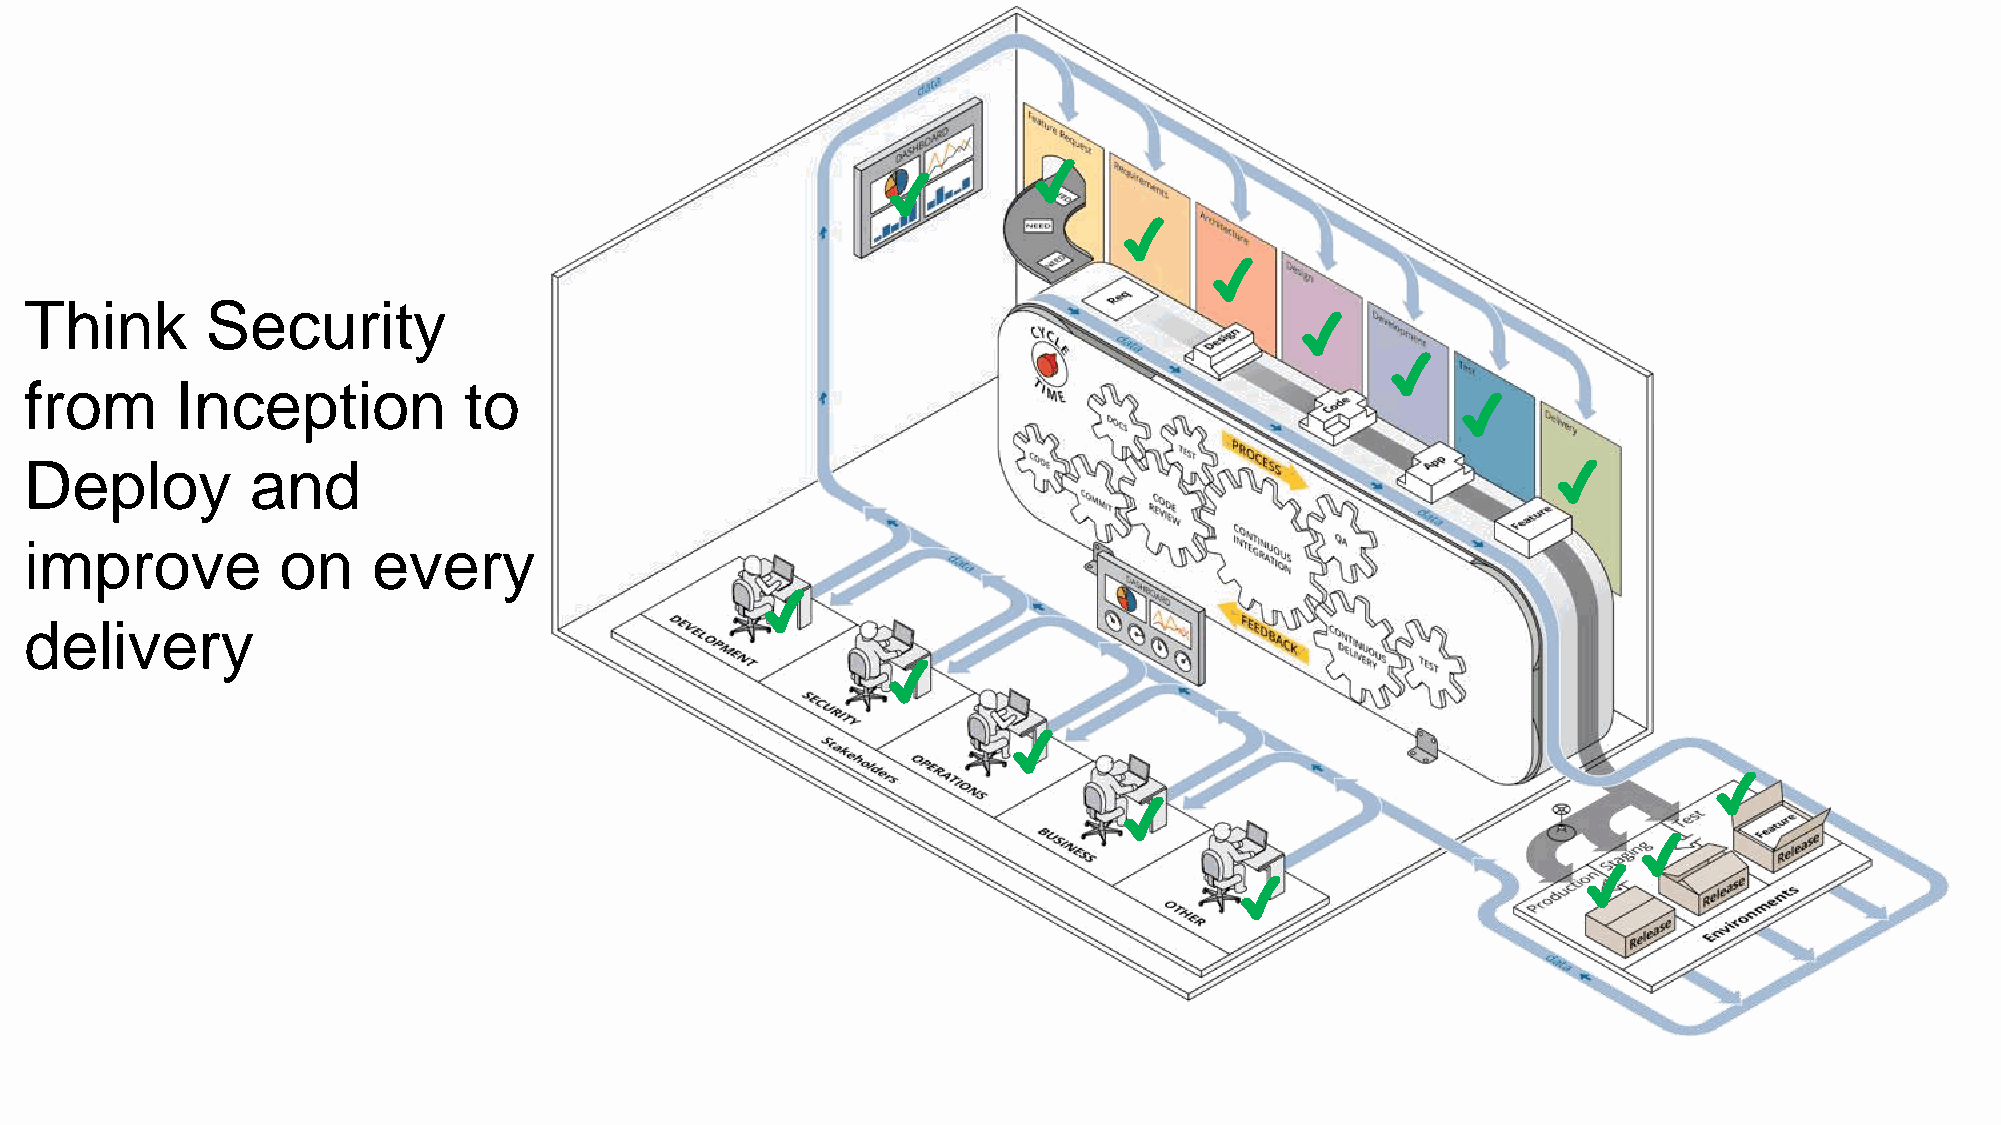
Think       Security
 from      Inception          to
 Deploy         and
 improve         on     every
 delivery